Civil Veterinary Dept. North-West Frontier Province 1923-32 - 1923-1932
Year: 1923
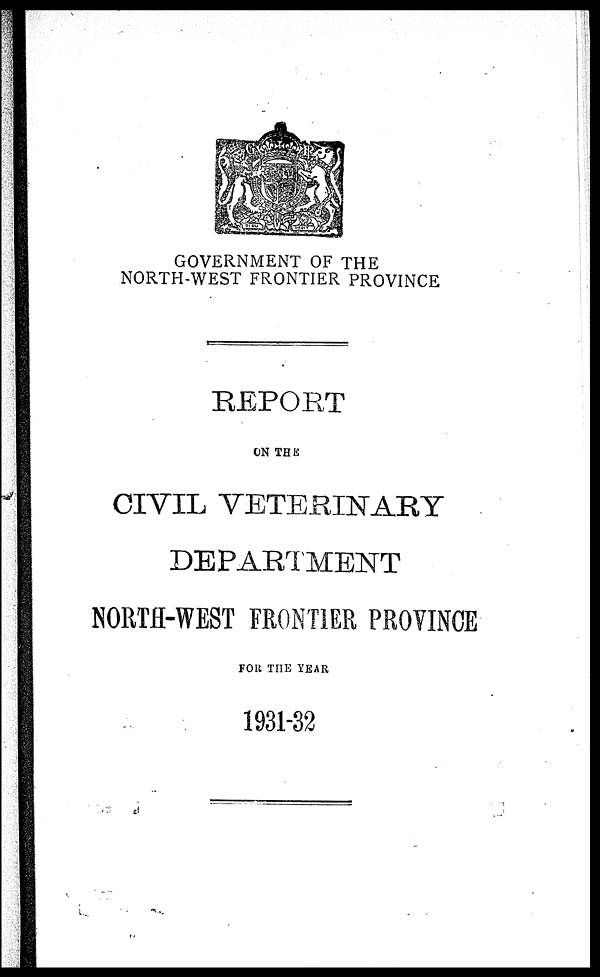
GOVERNMENT OF THE
NORTH-WEST FRONTIER PROVINCE
REPORT
ON THE
CIVIL VETERINARY
DEPARTMENT
NORTH-WEST FRONTIER PROVINCE
FOR THE YEAR
1931-32